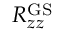
R _ { z z } ^ { \mathrm { G S } }